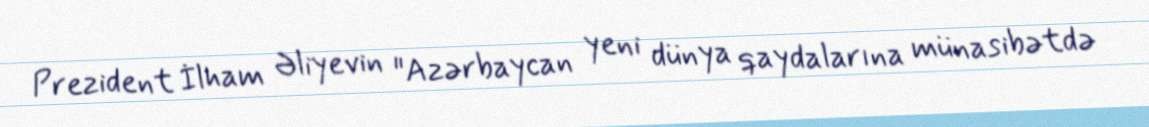
Prezident İlham Əliyevin "Azərbaycan yeni dünya qaydalarına münasibətdə